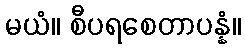
မယံ။ စီပရစေတာပန္နံ။